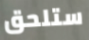
ستلحق